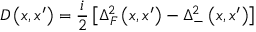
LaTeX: \; D \left( x , x ^ { \prime } \right) = \frac i 2 \left[ \Delta _ { F } ^ { 2 } \left( x , x ^ { \prime } \right) - \Delta _ { - } ^ { 2 } \left( x , x ^ { \prime } \right) \right]